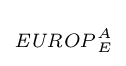
\scriptstyle {\it {EUROP}}_{E}^{A}